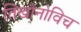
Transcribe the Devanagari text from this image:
तिखोनोविच